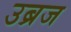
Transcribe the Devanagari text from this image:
उब्रज